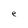
Character: e